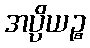
အပ္ပိယဉ္စ